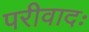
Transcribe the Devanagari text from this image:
परीवादः